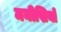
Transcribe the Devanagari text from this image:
मनीखियों